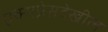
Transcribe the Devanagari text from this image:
एक्सप्रेसदेखील